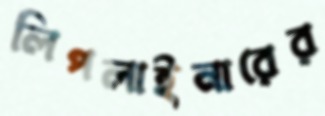
লিপলাইনারের